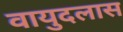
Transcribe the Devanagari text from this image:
वायुदलास